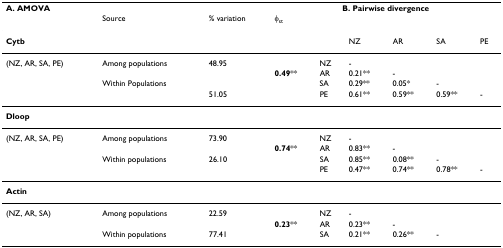
| A. AMOVA |  |  | <COLSPAN=6> B. Pairwise divergence |
 |  | Source | % variation | φst |  |  |  |  |  |
 | --- | --- | --- | --- | --- | --- | --- | --- | --- |
 | Cytb |  |  |  |  | NZ | AR | SA | PE |
 | (NZ, AR, SA, PE) | Among populations | 48.95 |  | NZ | - |  |  |  |
 |  |  |  | 0.49** | AR | 0.21** | - |  |  |
 |  | Within Populations |  |  | SA | 0.29** | 0.05* | - |  |
 |  |  | 51.05 |  | PE | 0.61** | 0.59** | 0.59** | - |
 | Dloop |  |  |  |  |  |  |  |  |
 | (NZ, AR, SA, PE) | Among populations | 73.90 |  | NZ | - |  |  |  |
 |  |  |  | 0.74** | AR | 0.83** | - |  |  |
 |  | Within populations | 26.10 |  | SA | 0.85** | 0.08** | - |  |
 |  |  |  |  | PE | 0.47** | 0.74** | 0.78** | - |
 | Actin |  |  |  |  |  |  |  |  |
 | (NZ, AR, SA) | Among populations | 22.59 |  | NZ | - |  |  |  |
 |  |  |  | 0.23** | AR | 0.23** | - |  |  |
 |  | Within populations | 77.41 |  | SA | 0.21** | 0.26** | - |  |